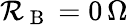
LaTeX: \mathcal{R}_{\mathrm{{~B~}}}=0\, \Omega